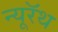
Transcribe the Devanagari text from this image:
न्यूरॅथ